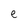
Character: e